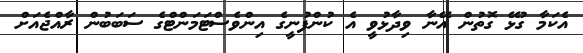
އެކަމާ ގުޅޭ ގޮތުން އޭނާ ވިދާޅުވީ އެ ކުންފުނީގެ އިންވެސްޓަމަންޓްގެ ސަބަބުން ރާއްޖެއަށް